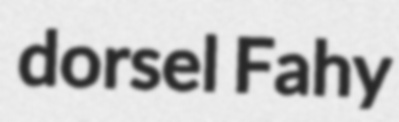
dorsel Fahy